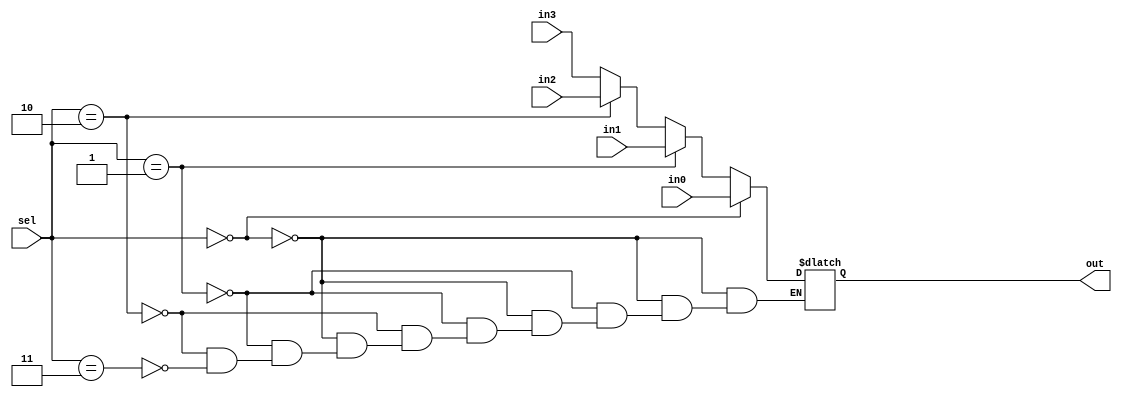
module mux32(out, in0, in1, in2, in3, sel);
    output reg  [31:0] out;
    input [31:0] in0;
    input [31:0] in1;
    input [31:0] in2;
    input [31:0] in3;
	input [1:0] sel;       //select which inputs to send out

  	always @(sel)
    begin
        if (sel == 2'b00)
            out = in0;
        else if (sel == 2'b01)
            out = in1;
        else if (sel == 2'b10)
            out = in2;
        else if (sel == 2'b11)
            out = in3;
    end
endmodule